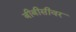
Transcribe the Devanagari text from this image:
बीबीसीवर